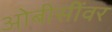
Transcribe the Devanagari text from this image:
ओबीसींवर